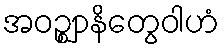
အဝဉ္ဈာနိတွေဝါဟံ